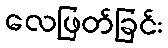
လေဖြတ်ခြင်း